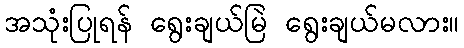
အသုံးပြုရန် ရွေးချယ်မြဲ ရွေးချယ်မလား။